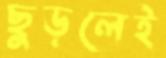
ছুড়লেই